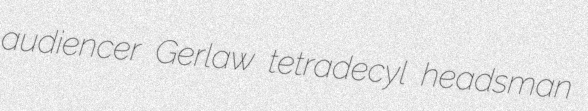
audiencer Gerlaw tetradecyl headsman